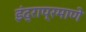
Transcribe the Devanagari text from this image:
इंद्राप्रमाणे